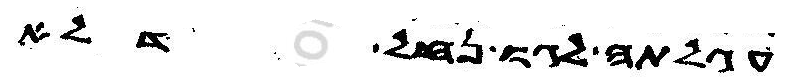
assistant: עגלתה לגו נחל עמיק דלא